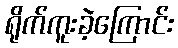
ရိုက်ကူးခဲ့ကြောင်း